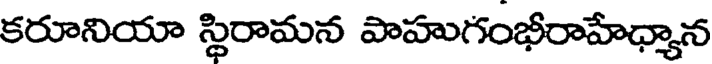
కరూనియా స్థిరామన పాహుగంభీరాహేధ్యాన